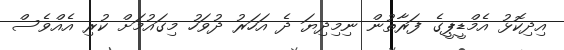
އިދިކޮޅު އެމްޑީޕީގެ ފަރާތުން ނިމިދިޔަ ދެ އަހަރު ދުވަހު މިގައުމަށް ކުރި އެއްވެސް